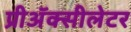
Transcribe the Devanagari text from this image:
प्रीअॅक्सीलेटर